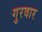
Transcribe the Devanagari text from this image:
गुरवार